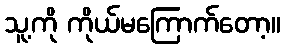
သူ့ကို ကိုယ်မကြောက်တော့။